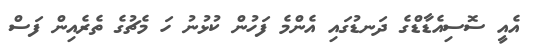
އެއީ ސޮސިއެޑާޑްގެ ދަނޑުގައި އެންމެ ފަހުން ކުޅުނު ހަ މެޗުގެ ތެރެއިން ފަސް